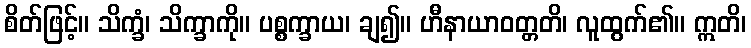
စိတ်ဖြင့်။ သိက္ခံ၊ သိက္ခာကို။ ပစ္စက္ခာယ၊ ချ၍။ ဟီနာယာဝတ္တတိ၊ လူထွက်၏။ ဣတိ၊